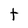
Character: t